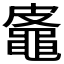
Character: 𪓜